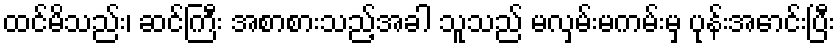
ထင်မိသည်း၊ ဆင်ကြီး အစာစားသည့်အခါ သူသည် မလှမ်းမကမ်းမှ ပုန်းအောင်းပြီး